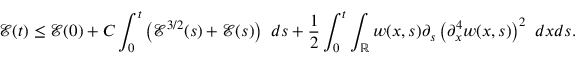
\mathcal { E } ( t ) \leq \mathcal { E } ( 0 ) + C \int _ { 0 } ^ { t } \left( \mathcal { E } ^ { 3 / 2 } ( s ) + \mathcal { E } ( s ) \right) \ d s + \frac { 1 } { 2 } \int _ { 0 } ^ { t } \int _ { \mathbb R } w ( x , s ) \partial _ { s } \left( \partial _ { x } ^ { 4 } w ( x , s ) \right) ^ { 2 } \ d x d s .